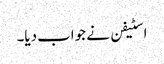
اسٹیفن نے جواب دیا۔